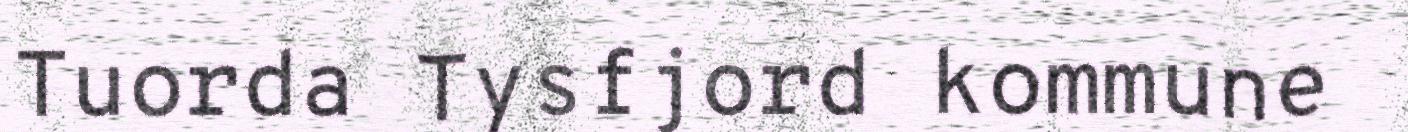
Tuorda Tysfjord kommune